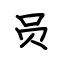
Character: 员